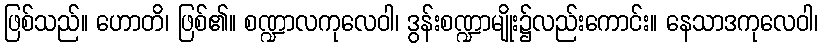
ဖြစ်သည်။ ဟောတိ၊ ဖြစ်၏။ စဏ္ဍာလကုလေဝါ၊ ဒွန်းစဏ္ဍာမျိုး၌လည်းကောင်း။ နေသာဒကုလေဝါ၊